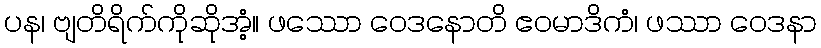
ပန၊ ဗျတိရိက်ကိုဆိုအံ့။ ဖဿော ဝေဒနောတိ ဧဝမာဒိကံ၊ ဖဿာ ဝေဒနာ